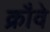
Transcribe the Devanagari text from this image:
क्रौवे